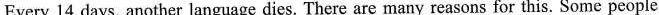
Every 14 days, another language dies. There are many reasons for this, Some people